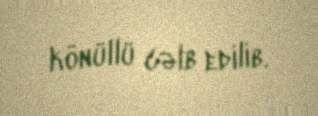
könüllü cəlb edilib.